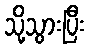
သို့သွားပြီး